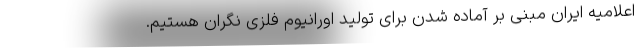
اعلامیه ایران مبنی بر آماده شدن برای تولید اورانیوم فلزی نگران هستیم.